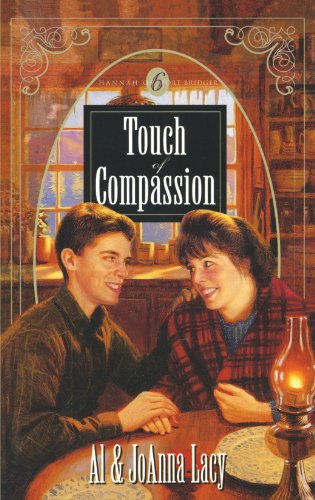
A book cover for Touch of Compassion (Hannah of Fort Bridger Series #6); Al & Joanna Lacy; Religion & Spirituality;